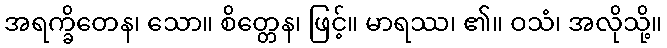
အရက္ခိတေန၊ သော။ စိတ္တေန၊ ဖြင့်။ မာရဿ၊ ၏။ ဝသံ၊ အလိုသို့။